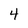
Character: 4